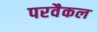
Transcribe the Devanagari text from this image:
परवैकल